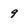
Character: 9